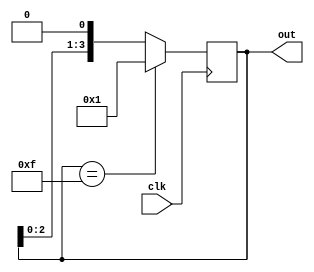
module ring_counter (
    input wire clk,
    output reg [3:0] out
);

reg [3:0] state;

always @(posedge clk) begin
    state <= state << 1;
    if(state == 4'b1111)
        state <= 4'b0001;
end

assign out = state;

endmodule